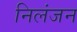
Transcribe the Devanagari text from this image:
निलंजन